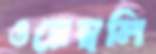
ওয়েম্বলি